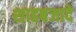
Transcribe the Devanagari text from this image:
शाहबजादे